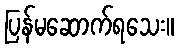
ပြန်မဆောက်ရသေး။